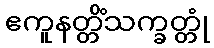
ဧကူနတ္တိံသက္ခတ္တုံ